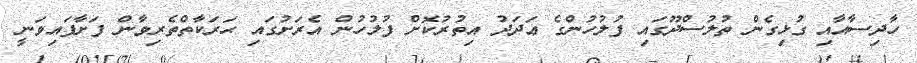
ހާދިސާއާއި ގުޅިގެން ތުލުސްދޫގައި ފުލުހުންގެ ޢަދަދު އިތުރުކޮށް ފުލުހުން އެރަށުގައި ޙަރަކާތްތެރިވާން ފަށާފައިވަނީ